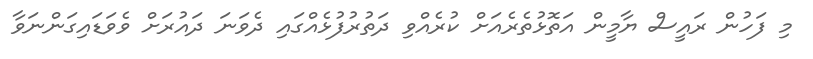
މި ފަހުން ރައީސް ޔާމީން އަތޮޅުތެރެއަށް ކުރެއްވި ދަތުރުފުޅެއްގައި ދެވަނަ ދައުރަށް ވެވަޑައިގަންނަވާ